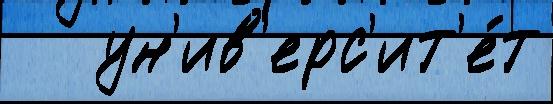
   ун'ив'ерс'ит'е́т